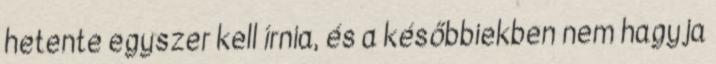
hetente egyszer kell írnia, és a későbbiekben nem hagyja